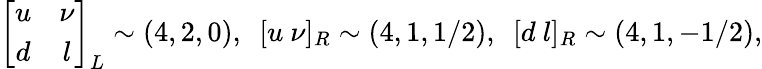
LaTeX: \left[\begin{array}{cc}{{u}}&{{\nu}}\\ {{d}}&{{l}}\end{array}\right]_{L}\sim(4,2,0),~~[u~\nu]_{R}\sim(4,1,1/2),~~[d~l]_{R}\sim(4,1,-1/2),